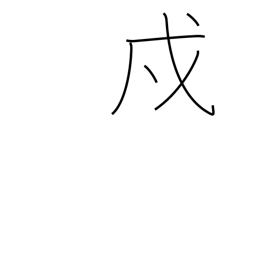
Meaning: protection